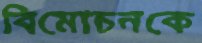
বিমোচনকে